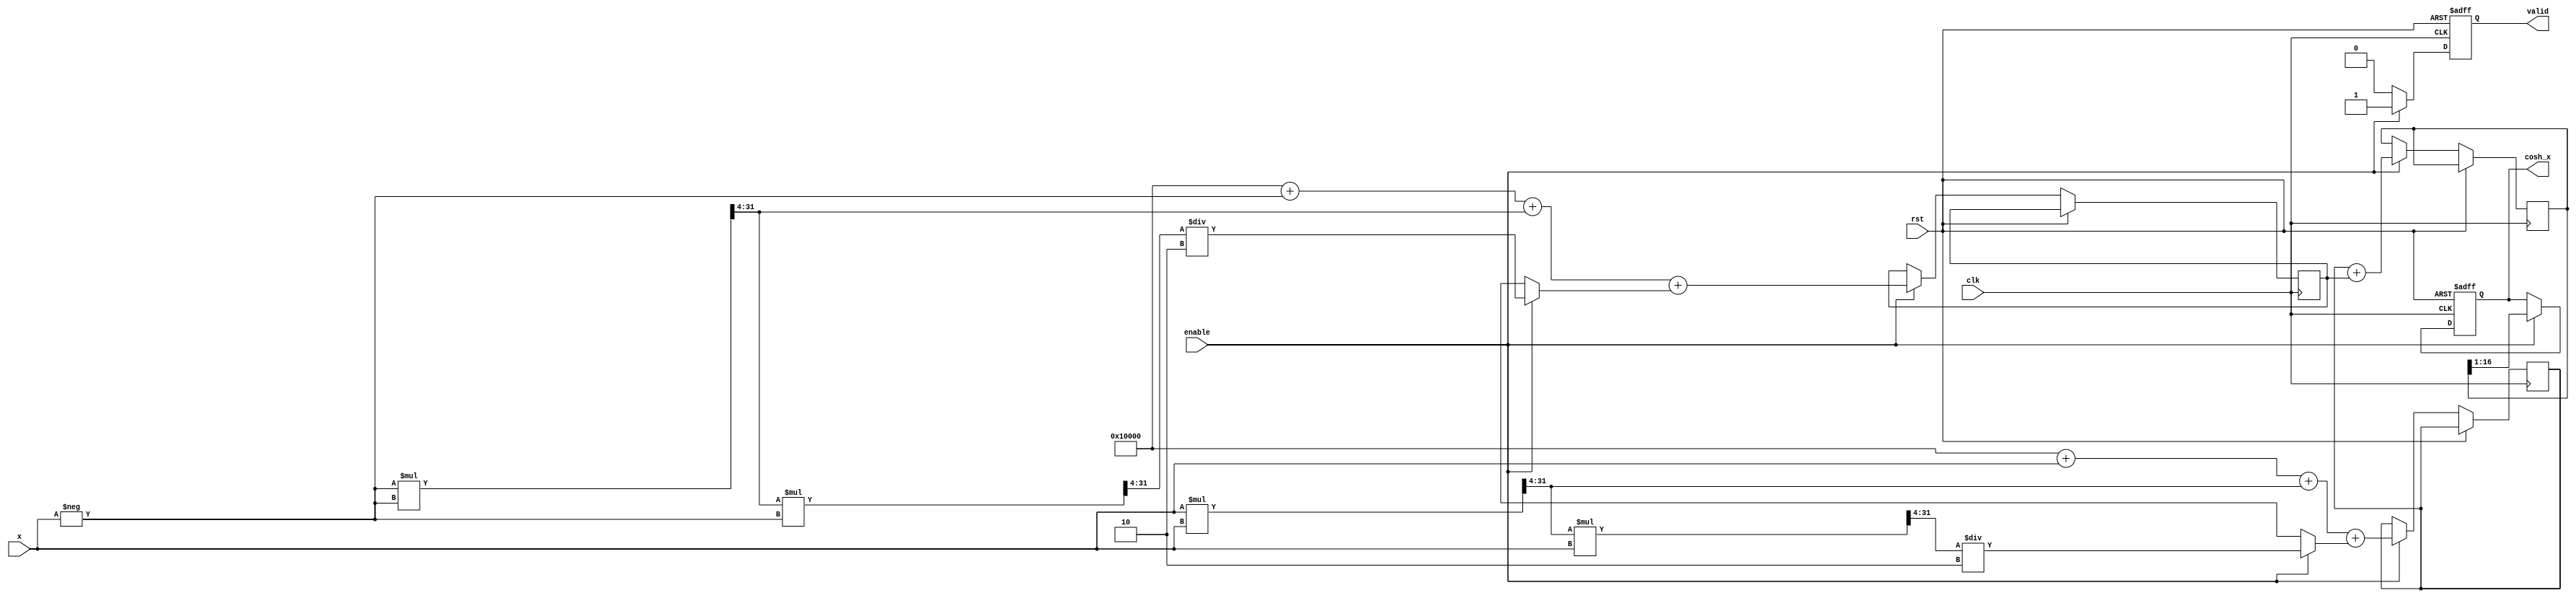
module hyperbolic_cosh #(
    parameter WIDTH = 16,          // Bit-width of input x
    parameter OUT_WIDTH = 16       // Bit-width of output cosh(x)
)(
    input  wire                   clk,
    input  wire                   rst,
    input  wire                   enable,
    input  wire [WIDTH-1:0]      x,        // Input x
    output reg  [OUT_WIDTH-1:0]  cosh_x,   // Output cosh(x)
    output reg                   valid      // Signal indicating valid output
);

// Internal signals for exponential calculations
reg [WIDTH*2-1:0] e_x;  // e^x
reg [WIDTH*2-1:0] e_neg_x; // e^-x
reg [WIDTH*2-1:0] sum_e; // e^x + e^-x

// Taylor series coefficients for e^x
parameter [31:0] COEFF_0 = 32'h00010000; // 1.0 in fixed point
parameter [31:0] COEFF_1 = 32'h00010000; // x
parameter [31:0] COEFF_2 = 32'h00000008; // x^2 / 2!
parameter [31:0] COEFF_3 = 32'h00000001; // x^3 / 3!

// Function to calculate e^x using Taylor series
function [WIDTH*2-1:0] exp_taylor;
    input [WIDTH-1:0] x;
    integer i;
    reg [WIDTH*2-1:0] term; // Current term in series
    begin
        exp_taylor = COEFF_0; // Start with 1
        term = x; // First term is x
        for (i = 1; i <= 3; i = i + 1) begin // Calculate first few terms
            exp_taylor = exp_taylor + term;
            term = (term * x) >> 4; // Multiply by x and scale down
            if (i % 2 == 0) term = term / i; // Divide by factorial
        end
    end
endfunction

// Main process
always @(posedge clk or posedge rst) begin
    if (rst) begin
        cosh_x <= 0;
        valid <= 0;
    end else if (enable) begin
        // Calculate e^x and e^-x
        e_x <= exp_taylor(x);
        e_neg_x <= exp_taylor(-x); // Calculate e^-x

        // Calculate cosh(x) = (e^x + e^-x) / 2
        sum_e <= e_x + e_neg_x;
        cosh_x <= sum_e >> 1; // Divide by 2

        valid <= 1; // Signal that output is valid
    end else begin
        valid <= 0; // Clear valid signal
    end
end

endmodule